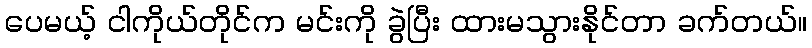
ပေမယ့် ငါကိုယ်တိုင်က မင်းကို ခွဲပြီး ထားမသွားနိုင်တာ ခက်တယ်။